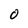
Character: 0